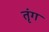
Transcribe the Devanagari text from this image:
तृंग